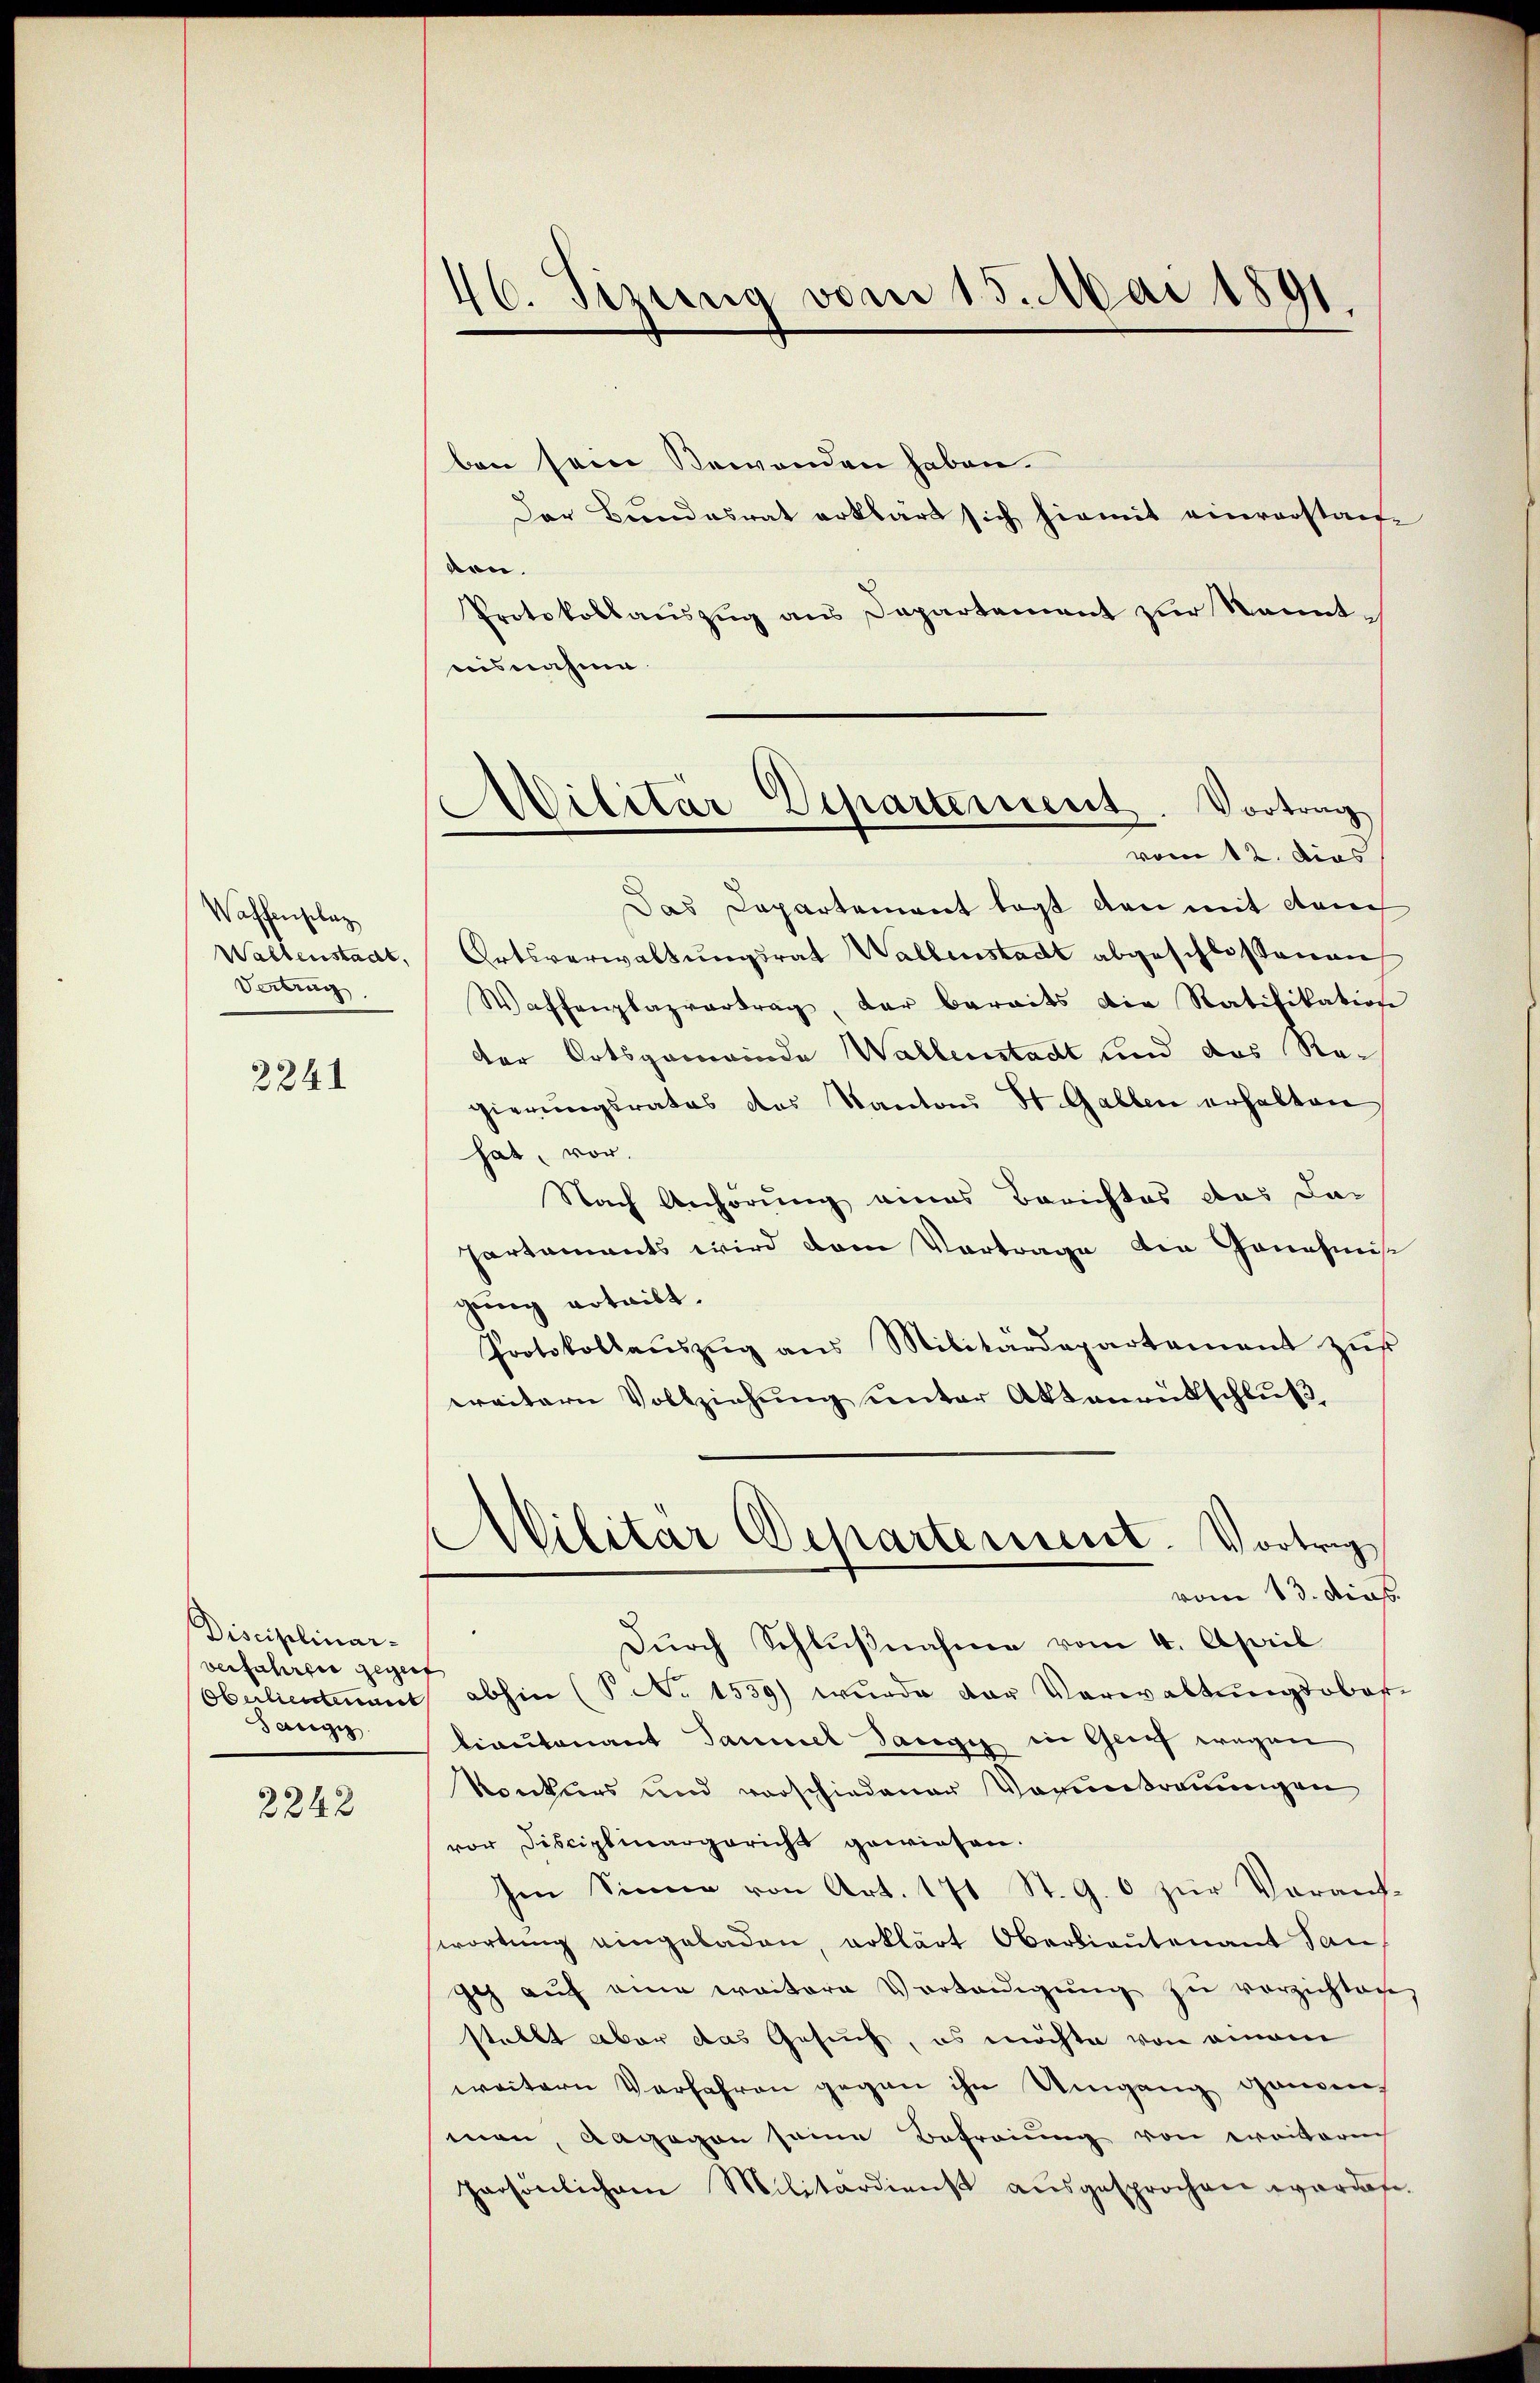
Waffenselaz
Waltenstadt,
Vertrug

2241

Disciplinar-
verfahren gegenf
Oberlieutenant
Saegig

2242

46. Sizung vom 15. Mai 1891.

Militär Departement. Vortrag
vom 12. das

ben sein Bewanden haben.
Der Bundesrat erklärt sich hiemit einverstanton.
Protokollauszug aus Departement zur Kenntaisnahme.
Das Departement tagt den mit dem
Ortsverwaltungsrat Wallenstadt abgeschlossenen
Waffenplazvertrag, der bereits die Ratifikatione
der Ortsgemeinde Wallenstadt und das Regierungsrates des Kanton St. Gallen erhalten
hat, vor.
Nach Anhörung eines Berichtes das dar
Partements wird dem Vortrage die Genehmisc
gŭng erteilt.
Protokollaŭszŭg ans Militärdepartement zŭr
weitern Vollziehung unter Aktenrütschluß,
Militar Departement. Vortrag
vom 13. dies
Durch Schlußnahme vom 4. April
abhin (P No 1539) wurde der Verwaltŭngsober-
liantonant Saumel Sangig in Grief wegen
Konkurs und vorschiedener Voruntreuungen
vor Disciplinargericht gewiesen.
sen Sinne von Art. 171 St. G. 6 zur Voraufwortung eingeladen, erklärt Oberlieutenant San
Ich aŭf eine weitere Vortaŭigŭng zŭ verzichten
stellt aber das Gesuch, es möchte von einem
weitern Verfahren gegen ihn Umgang ganzen,
man, dagegen seine Befreiung von weiterich
persönlichem Militärdienst aŭsgesprochen werden.